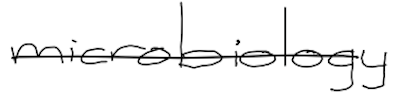
Text: microbiology
Cross-out: single-line
Writing tool: digital_black